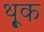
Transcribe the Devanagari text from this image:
थ़ूक